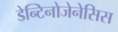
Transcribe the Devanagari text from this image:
डेन्टिनोजेनेसिस